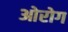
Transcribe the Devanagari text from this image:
ओरोग